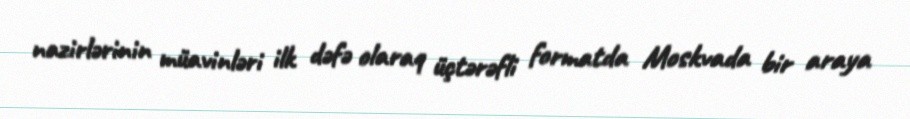
nazirlərinin müavinləri ilk dəfə olaraq üçtərəfli formatda Moskvada bir araya